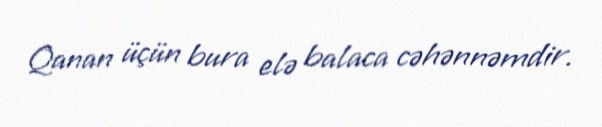
Qanan üçün bura elə balaca cəhənnəmdir.